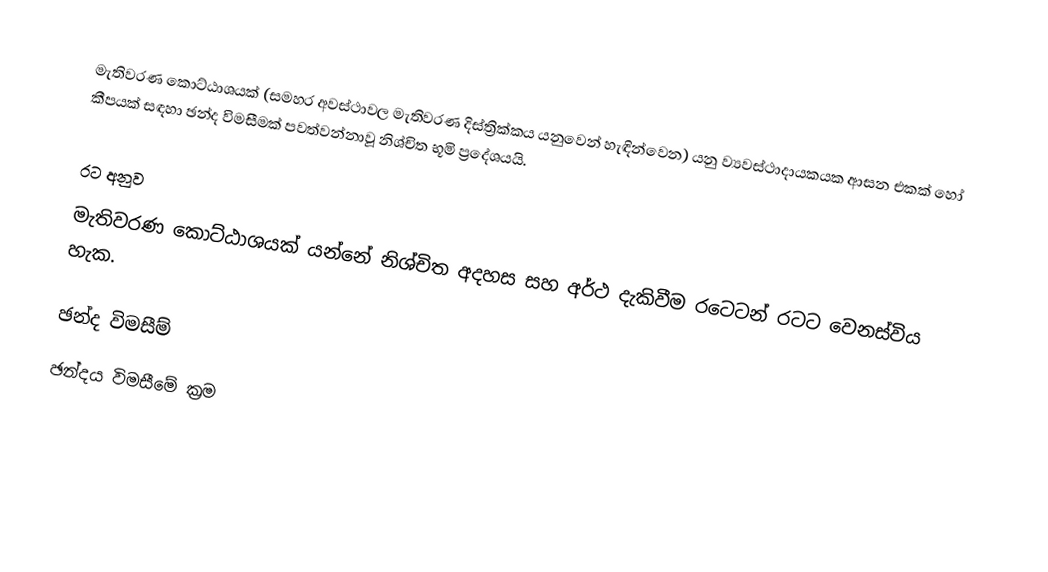
මැතිවරණ කොට්ඨාශයක් (සමහර අවස්ථාවල මැතිවරණ දිස්ත්‍රික්කය යනුවෙන් හැඳින්වෙන) යනු ව්‍යවස්ථාදායකයක ආසන එකක් හෝ කීපයක් සඳහා ඡන්ද විමසීමක් පවත්වන්නාවූ නිශ්චිත භූමි ප්‍රදේශයයි.

රට අනුව
මැතිවරණ කොට්ඨාශයක් යන්නේ නිශ්චිත අදහස සහ අර්ථ දැකිවීම රටෙටන් රටට වෙනස්විය හැක.

ඡන්ද විමසීම්
ඡන්දය විමසීමේ ක්‍රම